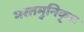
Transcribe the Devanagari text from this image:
भरतमुनिकृत